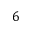
6